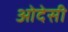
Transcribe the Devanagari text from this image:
ओदेसी